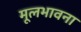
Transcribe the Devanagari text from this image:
मूलभावना